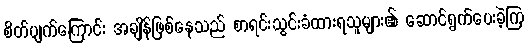
စိတ်ပျက်ကြောင်း အချိန်ဖြစ်နေသည် စာရင်းသွင်းခံထားရသူများ၏ ဆောင်ရွက်ပေးခဲ့ကြ